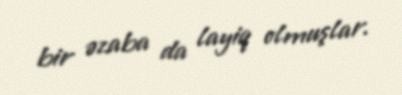
bir əzaba da layiq olmuşlar.